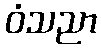
ဝံသညာ